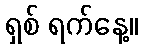
ရှစ် ရက်နေ့။